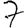
Digit: 7